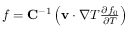
\begin{array} { r } { f = \mathbf C ^ { - 1 } \left( \mathbf v \cdot \nabla T \frac { \partial f _ { 0 } } { \partial T } \right) } \end{array}